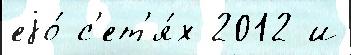
еjо́ с'ет'я́х 2012 и